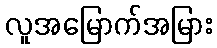
လူအမြောက်အမြား